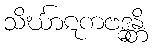
သိင်္ဃာဋကဗဒ္ဓန္တိ